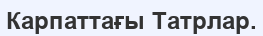
Карпаттағы Татрлар.